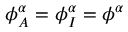
\phi _ { A } ^ { \alpha } = \phi _ { I } ^ { \alpha } = \phi ^ { \alpha }